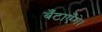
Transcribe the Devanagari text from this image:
बँटाएँगे।